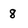
Character: 8